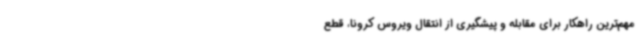
مهم‌ترین راهکار برای مقابله و پیشگیری از انتقال ویروس کرونا، قطع